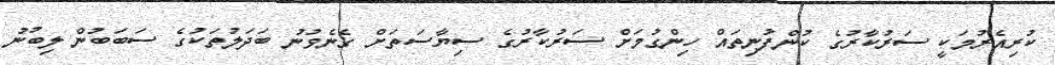
ކުރިއެރުމަކީ ސަރުކާރުގެ ކުންފުނިތައް ހިންގުމަށް ސަރުކާރުގެ ސިޔާސަތަށް ގެނެވުނު ބަދަލުތަކުގެ ސަބަބުން ލިބުނު